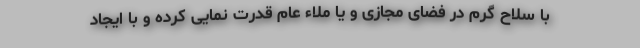
با سلاح گرم در فضای مجازی و یا ملاء عام قدرت نمایی کرده و با ایجاد